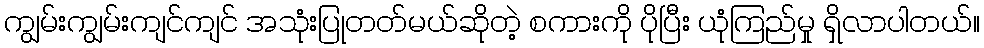
ကျွမ်းကျွမ်းကျင်ကျင် အသုံးပြုတတ်မယ်ဆိုတဲ့ စကားကို ပိုပြီး ယုံကြည်မှု ရှိလာပါတယ်။